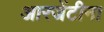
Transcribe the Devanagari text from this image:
आरजेंटीना